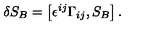
\delta S _ { B } = \left[ \epsilon ^ { i j } \Gamma _ { i j } , S _ { B } \right] .